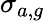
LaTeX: \sigma_{a,g}